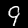
Digit: 9